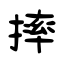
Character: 摔